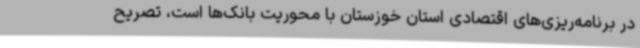
در برنامه‌ریزی‌های اقتصادی استان خوزستان با محوریت بانک‌ها است، تصریح